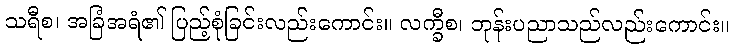
သရီစ၊ အခြံအရံ၏ ပြည့်စုံခြင်းလည်းကောင်း။ လက္ခီစ၊ ဘုန်းပညာသည်လည်းကောင်း။